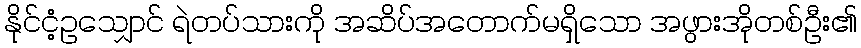
နိုင်ငံ့ဥသျှောင် ရဲတပ်သားကို အဆိပ်အတောက်မရှိသော အဖွားအိုတစ်ဦး၏